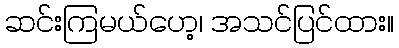
ဆင်းကြမယ်ဟေ့၊ အသင်ပြင်ထား။